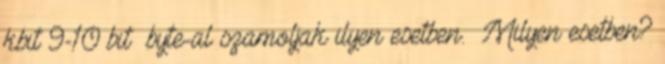
kbit 9-10 bit byte-al szamoljak ilyen esetben. Milyen esetben?